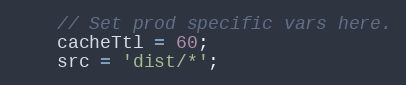
Language: JavaScript
    // Set prod specific vars here.
    cacheTtl = 60;
    src = 'dist/*';